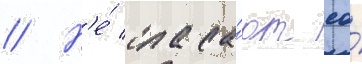
// Н'е́ спаса́ют ео́